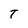
Character: T